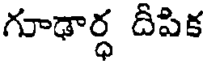
గూఢార్ధ దీపిక